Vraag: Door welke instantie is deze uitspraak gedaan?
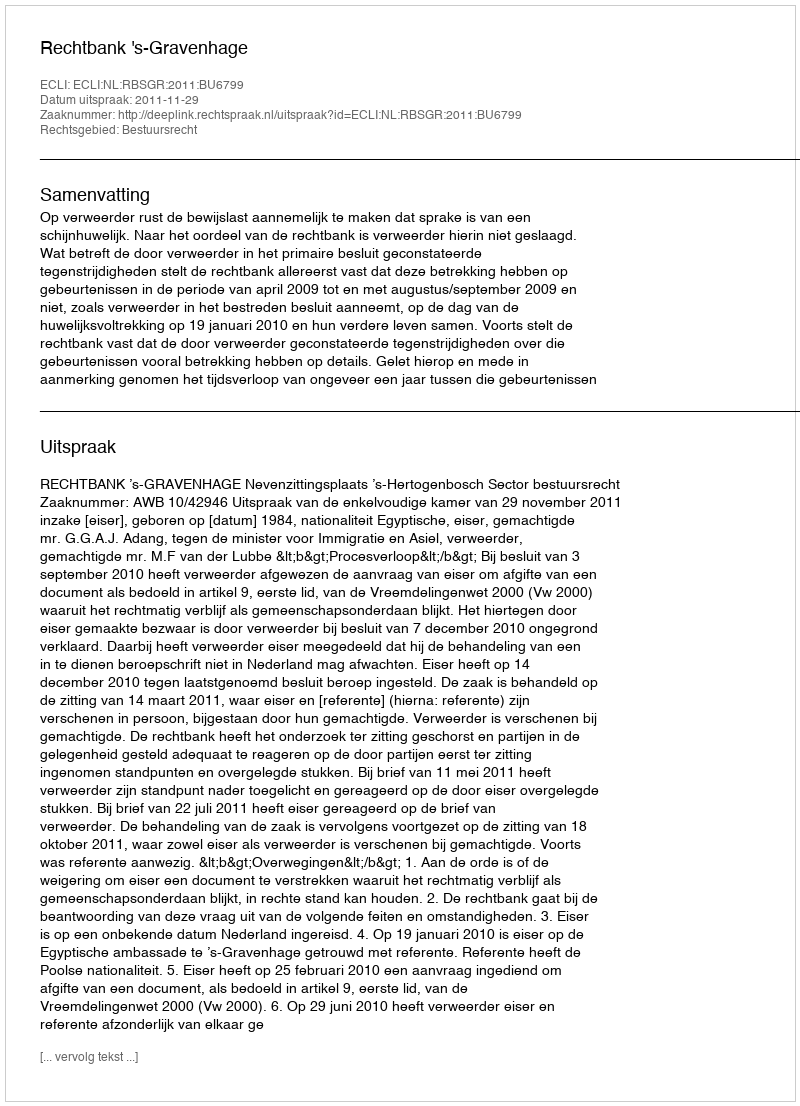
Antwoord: Rechtbank 's-Gravenhage